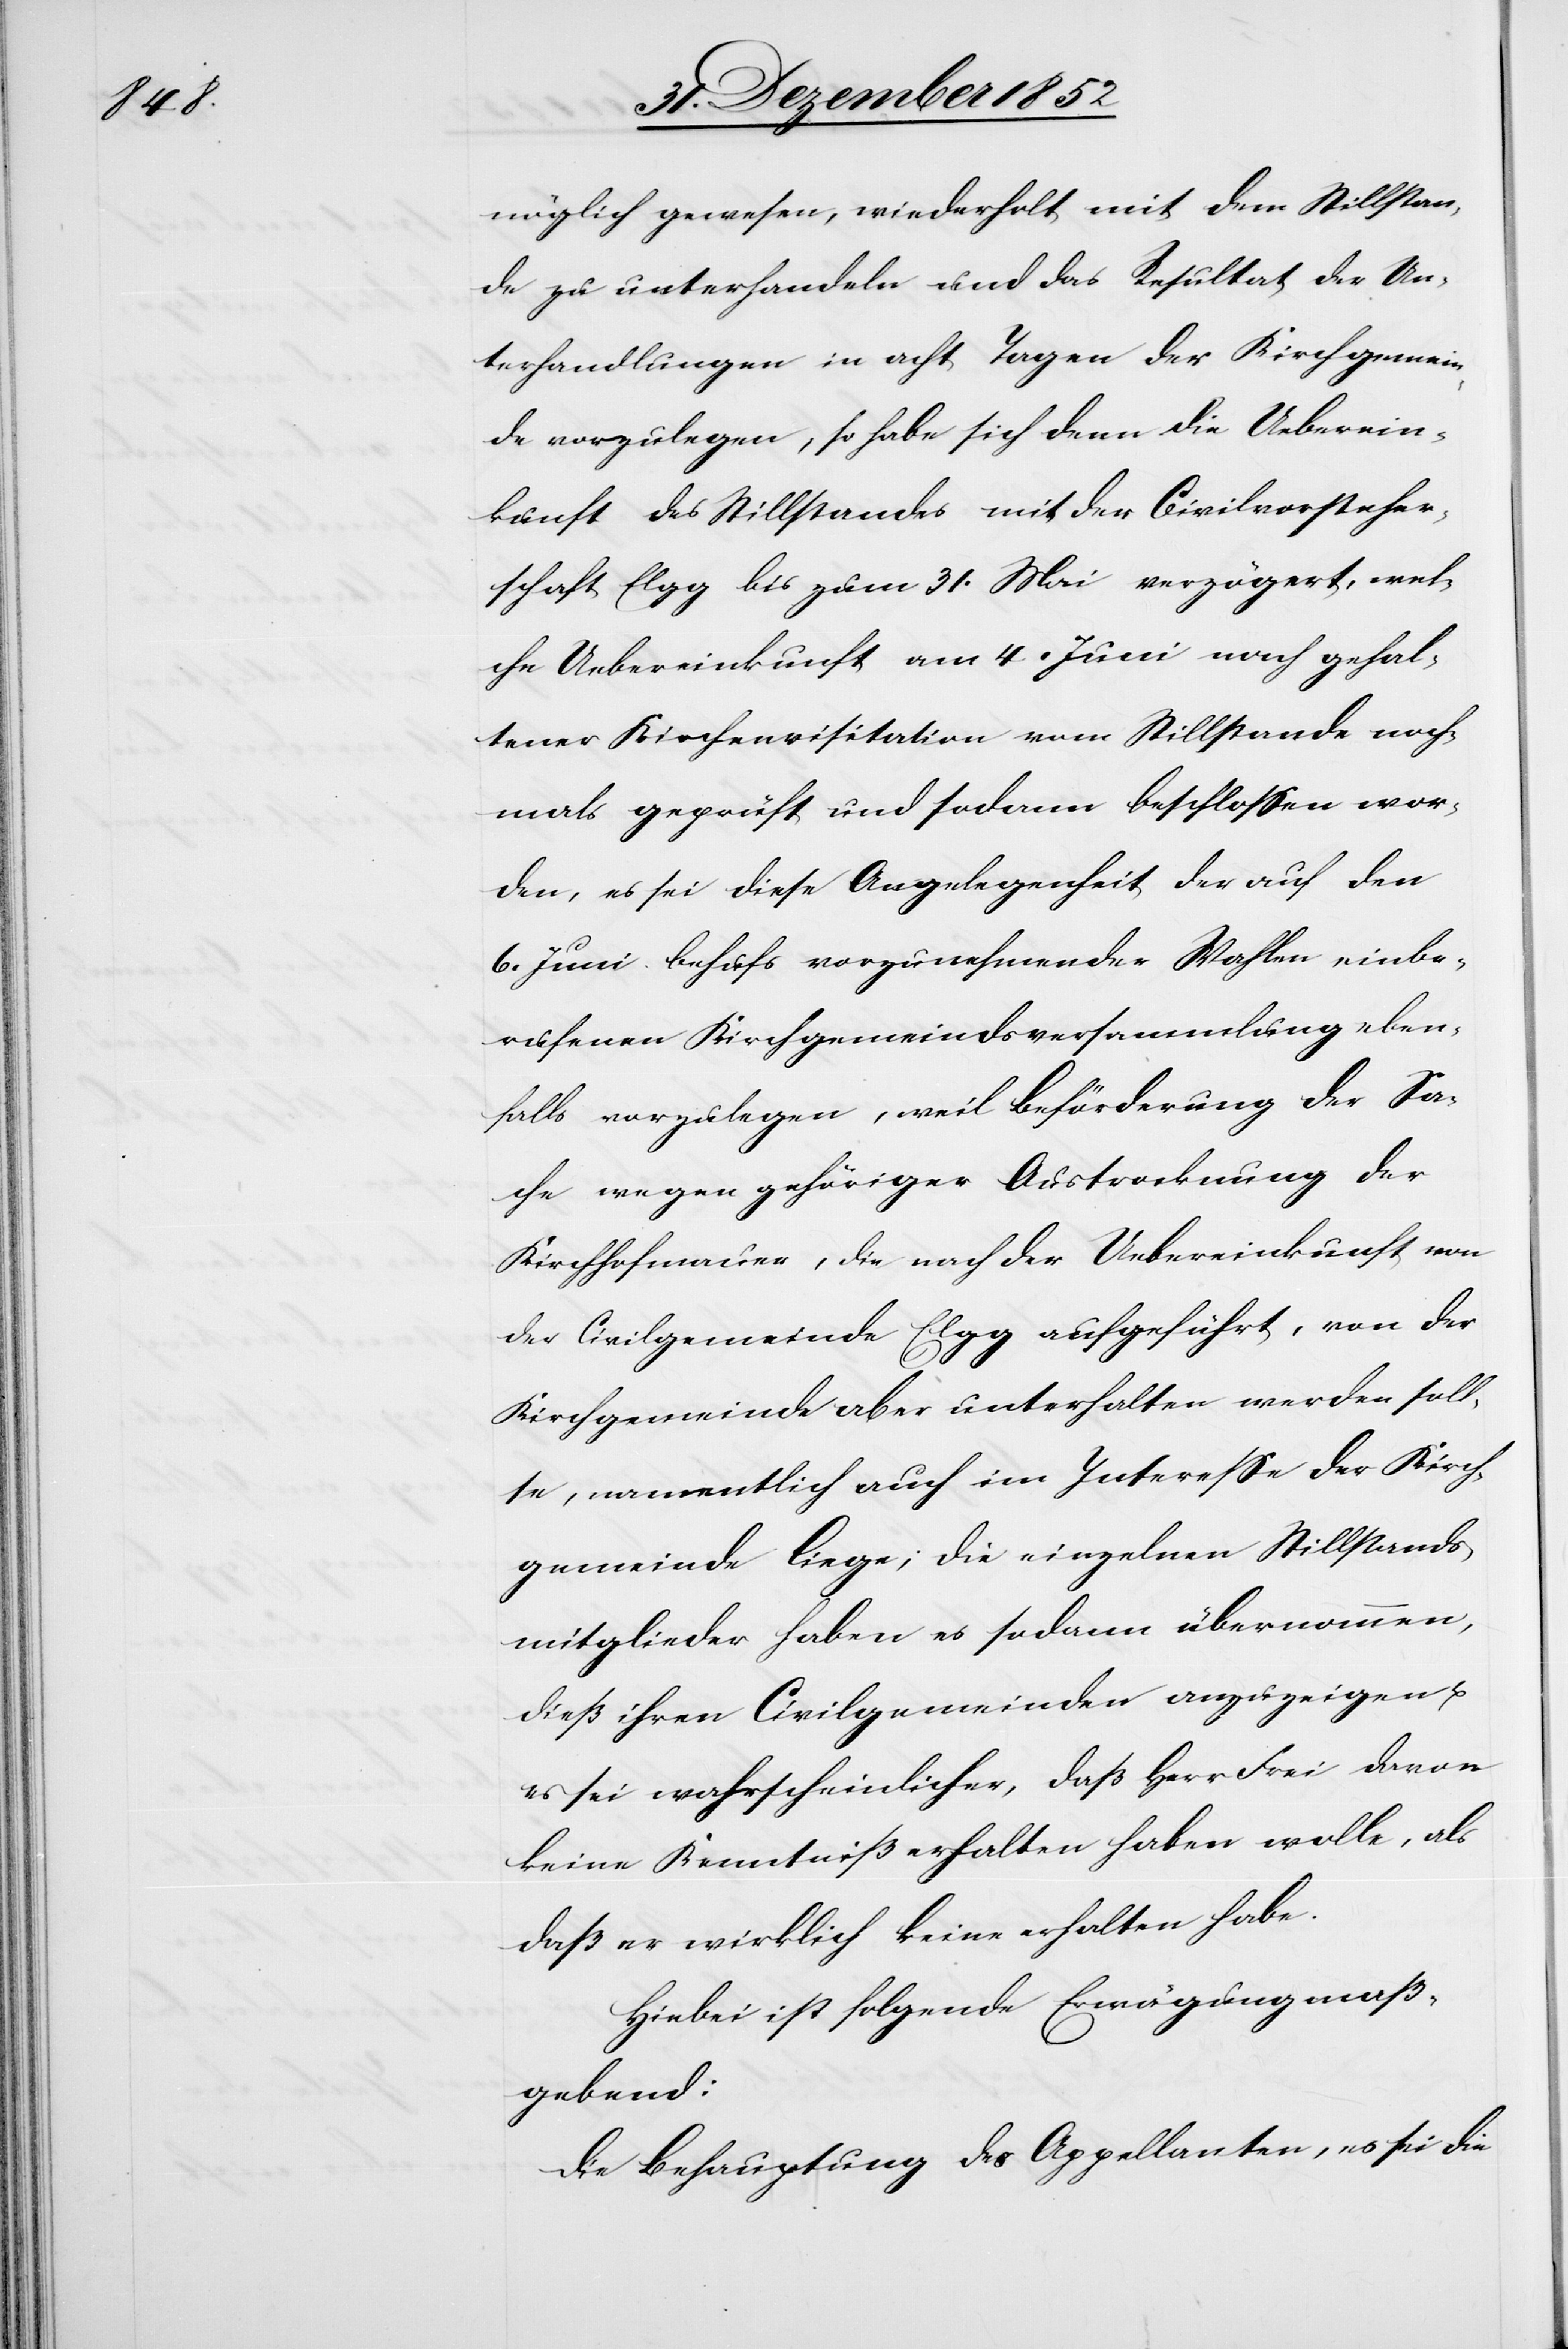
möglich gewesen, wiederholt mit dem Stillstan¬
de zu unterhandeln und das Resultat der Un¬
terhandlungen in acht Tagen der Kirchgemein¬
de vorzulegen, so habe sich denn die Ueberein¬
kunft des Stillstandes mit der Civilvorsteher¬
schaft Elgg bis zum 31. Mai verzögert, wel¬
che Uebereinkunft am 4. Juni nach gehal¬
tener Kirchenvisitation vom Stillstande noch¬
mals geprüft und sodann beschlossen wor¬
den, es sei diese Angelegenheit der auf den
6. Juni behufs vorzunehmender Wahlen einbe¬
rufenen Kirchgemeindsversammlung eben¬
falls vorzulegen, weil Beförderung der Sa¬
che wegen gehöriger Austrocknung der
Kirchhofmauer, die nach der Uebereinkunft von
der Civilgemeinde Elgg aufgeführt, von der
Kirchgemeinde aber unterhalten werden soll¬
te, namentlich auch im Interesse der Kirch¬
gemeinde liege; die einzelnen Stillstands¬
mitglieder haben es sodann übernommen,
dieß ihren Civilgemeinden anzuzeigen u.
es sei wahrscheinlicher, daß Herr Frei davon
keine Kenntniß erhalten haben wolle, als
daß er wirklich keine erhalten habe.
Hiebei ist folgende Erwägung maß¬
gebend:
Die Behauptung des Appellanten, es sei die